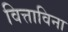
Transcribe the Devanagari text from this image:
वित्ताविना